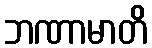
ဘဏာမာတိ